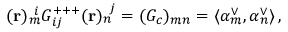
( { \bf r } ) _ { m } ^ { ~ i } G _ { i j } ^ { + + + } ( { \bf r } ) _ { n } ^ { ~ j } = ( G _ { c } ) _ { m n } = \langle \alpha _ { m } ^ { \vee } , \alpha _ { n } ^ { \vee } \rangle \, ,